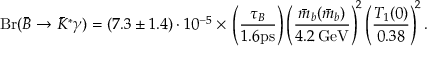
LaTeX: \mathrm { B r } ( \bar { B } \to \bar { K } ^ { * } \gamma ) = ( 7 . 3 \pm 1 . 4 ) \cdot 1 0 ^ { - 5 } \times \, \left( \frac { \tau _ { B } } { 1 . 6 \mathrm { p s } } \right) \left( \frac { \bar { m } _ { b } ( \bar { m } _ { b } ) } { 4 . 2 \, \mathrm { G e V } } \right) ^ { \! 2 } \left( \frac { T _ { 1 } ( 0 ) } { 0 . 3 8 } \right) ^ { \! 2 } .